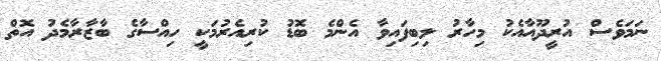
ނަމަވެސް އުރީދޫއާއެކު މިހާރު ލިބިފައިވާ އެންމެ ބޮޑު ކުރިއެރުމަކީ ހިއްސާގެ ބާޒާރާމެދު އޮތް